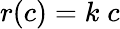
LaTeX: r(c)=k\; c